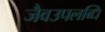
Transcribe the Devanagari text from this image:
जैवउपलब्धि